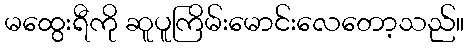
မထွေးရီကို ဆူပူကြိမ်းမောင်းလေတော့သည်။